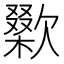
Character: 𣤜